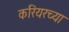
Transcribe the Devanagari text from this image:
करियरच्या